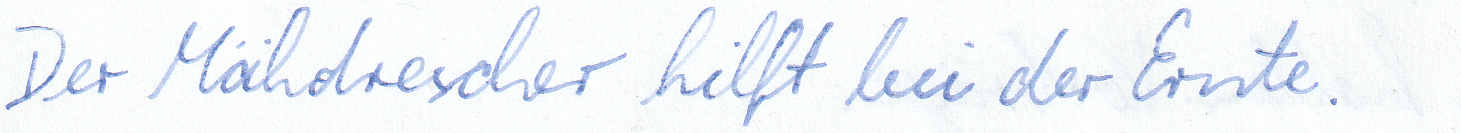
Der Mähdrescher hilft bei der Ernte.